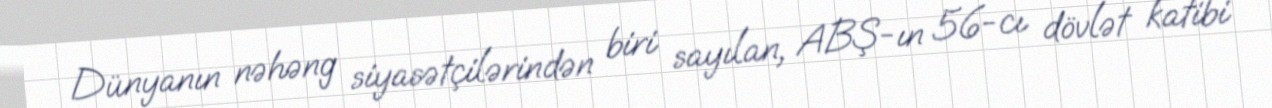
Dünyanın nəhəng siyasətçilərindən biri sayılan, ABŞ-ın 56-cı dövlət katibi